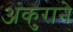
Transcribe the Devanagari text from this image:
अंकुराने